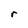
Character: r